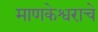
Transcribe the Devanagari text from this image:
माणकेश्वराचे